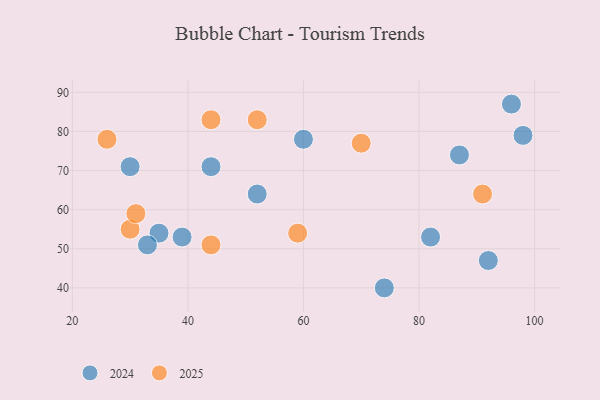
{"axis": {"x": "GDP", "y": "Life Expectancy"}, "legend": ["2024", "2025"], "data": [{"x": "44", "y": 83, "type": "2025"}, {"x": "26", "y": 78, "type": "2025"}, {"x": "52", "y": 83, "type": "2025"}, {"x": "30", "y": 55, "type": "2025"}, {"x": "91", "y": 64, "type": "2025"}, {"x": "44", "y": 51, "type": "2025"}, {"x": "70", "y": 77, "type": "2025"}, {"x": "31", "y": 59, "type": "2025"}, {"x": "59", "y": 54, "type": "2025"}, {"x": "87", "y": 74, "type": "2024"}, {"x": "96", "y": 87, "type": "2024"}, {"x": "35", "y": 54, "type": "2024"}, {"x": "74", "y": 40, "type": "2024"}, {"x": "82", "y": 53, "type": "2024"}, {"x": "30", "y": 71, "type": "2024"}, {"x": "98", "y": 79, "type": "2024"}, {"x": "44", "y": 71, "type": "2024"}, {"x": "60", "y": 78, "type": "2024"}, {"x": "52", "y": 64, "type": "2024"}, {"x": "39", "y": 53, "type": "2024"}, {"x": "33", "y": 51, "type": "2024"}, {"x": "92", "y": 47, "type": "2024"}]}